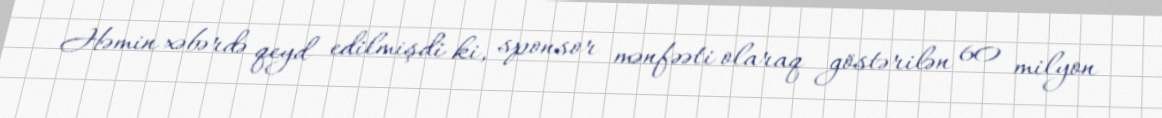
Həmin xəbərdə qeyd edilmişdi ki, sponsor mənfəəti olaraq göstərilən 60 milyon